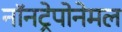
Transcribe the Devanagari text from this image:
नॉनट्रेपोनेमल